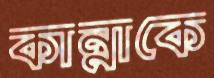
কান্নাকে